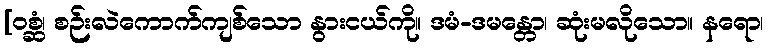
[ဝစ္ဆံ၊ စဉ်းလဲကောက်ကျစ်သော နွားငယ်ကို။ ဒမံ-ဒမန္တော၊ ဆုံးမလိုသော။ နရော၊